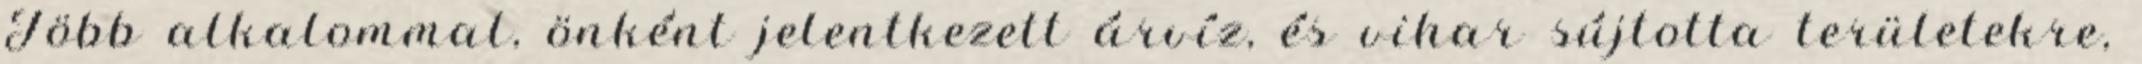
Több alkalommal, önként jelentkezett árvíz, és vihar sújtotta területekre,